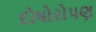
દોષોરોપણ